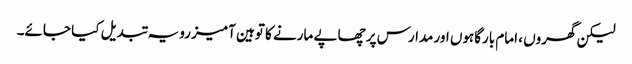
لیکن گھروں ، امام بارگاہوں اور مدارس پر چھاپے مارنے کا توہین آمیز رویہ تبدیل کیا جائے۔